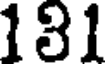
131